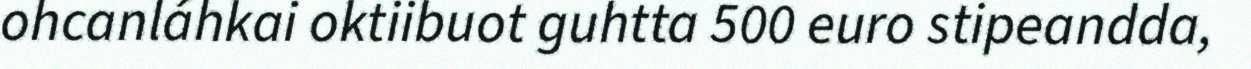
ohcanláhkai oktiibuot guhtta 500 euro stipeandda,